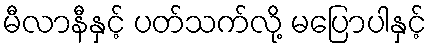
မီလာနီနှင့် ပတ်သက်လို့ မပြောပါနှင့်